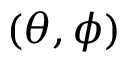
( \theta , \phi )